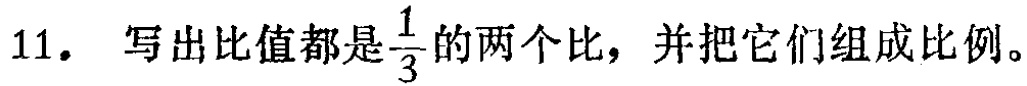
11. 写出比值都是$\frac{1}{3}$的两个比，并把它们组成比例。